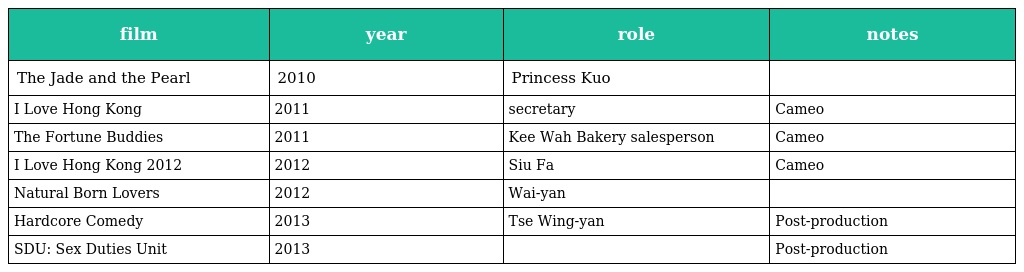
| film | year | role | notes |
 | --- | --- | --- | --- |
 | The Jade and the Pearl | 2010 | Princess Kuo |  |
 | I Love Hong Kong | 2011 | secretary | Cameo |
 | The Fortune Buddies | 2011 | Kee Wah Bakery salesperson | Cameo |
 | I Love Hong Kong 2012 | 2012 | Siu Fa | Cameo |
 | Natural Born Lovers | 2012 | Wai-yan |  |
 | Hardcore Comedy | 2013 | Tse Wing-yan | Post-production |
 | SDU: Sex Duties Unit | 2013 |  | Post-production |